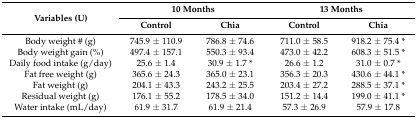
<table><thead><tr><td rowspan="2"><b>Variables (U)</b></td><td colspan="2"><b>10 Months</b></td><td colspan="2"><b>13 Months</b></td></tr><tr><td><b>Control</b></td><td><b>Chia</b></td><td><b>Control</b></td><td><b>Chia</b></td></tr></thead><tbody><tr><td>Body weight # (g)</td><td>745.9 ± 110.9</td><td>786.8 ± 74.6</td><td>711.0 ± 58.5</td><td>918.2 ± 75.4 *</td></tr><tr><td>Body weight gain (%)</td><td>497.4 ± 157.1</td><td>550.3 ± 93.4</td><td>473.0 ± 42.2</td><td>608.3 ± 51.5 *</td></tr><tr><td>Daily food intake (g/day)</td><td>25.6 ± 1.4</td><td>30.9 ± 1.7 *</td><td>26.6 ± 1.2</td><td>31.0 ± 0.7 *</td></tr><tr><td>Fat free weight (g)</td><td>365.6 ± 24.3</td><td>365.0 ± 23.1</td><td>356.3 ± 20.3</td><td>430.6 ± 44.1 *</td></tr><tr><td>Fat weight (g)</td><td>204.1 ± 43.3</td><td>243.2 ± 25.5</td><td>203.4 ± 27.2</td><td>288.5 ± 37.1 *</td></tr><tr><td>Residual weight (g)</td><td>176.1 ± 55.2</td><td>178.5 ± 34.0</td><td>151.2 ± 14.4</td><td>199.0 ± 41.1 *</td></tr><tr><td>Water intake (mL/day)</td><td>61.9 ± 31.7</td><td>61.9 ± 21.4</td><td>57.3 ± 26.9</td><td>57.9 ± 17.8</td></tr></tbody></table>